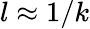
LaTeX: l\approx 1/k